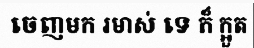
ចេញមក រមាស់ ទេ ក៏ ក្អួត